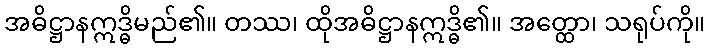
အဓိဋ္ဌာနဣဒ္ဓိမည်၏။ တဿ၊ ထိုအဓိဋ္ဌာနဣဒ္ဓိ၏။ အတ္ထော၊ သရုပ်ကို။